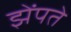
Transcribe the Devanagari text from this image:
झेंपते